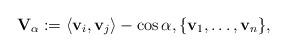
LaTeX: \begin{align*}\mathbf V_{\alpha}:=\langle\mathbf v_i, \mathbf v_j\rangle - \cos \alpha, \{\mathbf v_1, \dots, \mathbf v_n\} ,\end{align*}